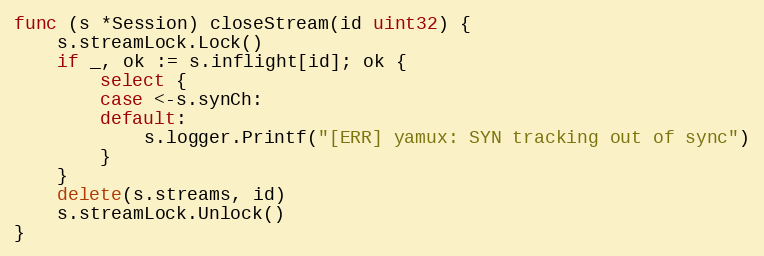
Language: Go
func (s *Session) closeStream(id uint32) {
	s.streamLock.Lock()
	if _, ok := s.inflight[id]; ok {
		select {
		case <-s.synCh:
		default:
			s.logger.Printf("[ERR] yamux: SYN tracking out of sync")
		}
	}
	delete(s.streams, id)
	s.streamLock.Unlock()
}